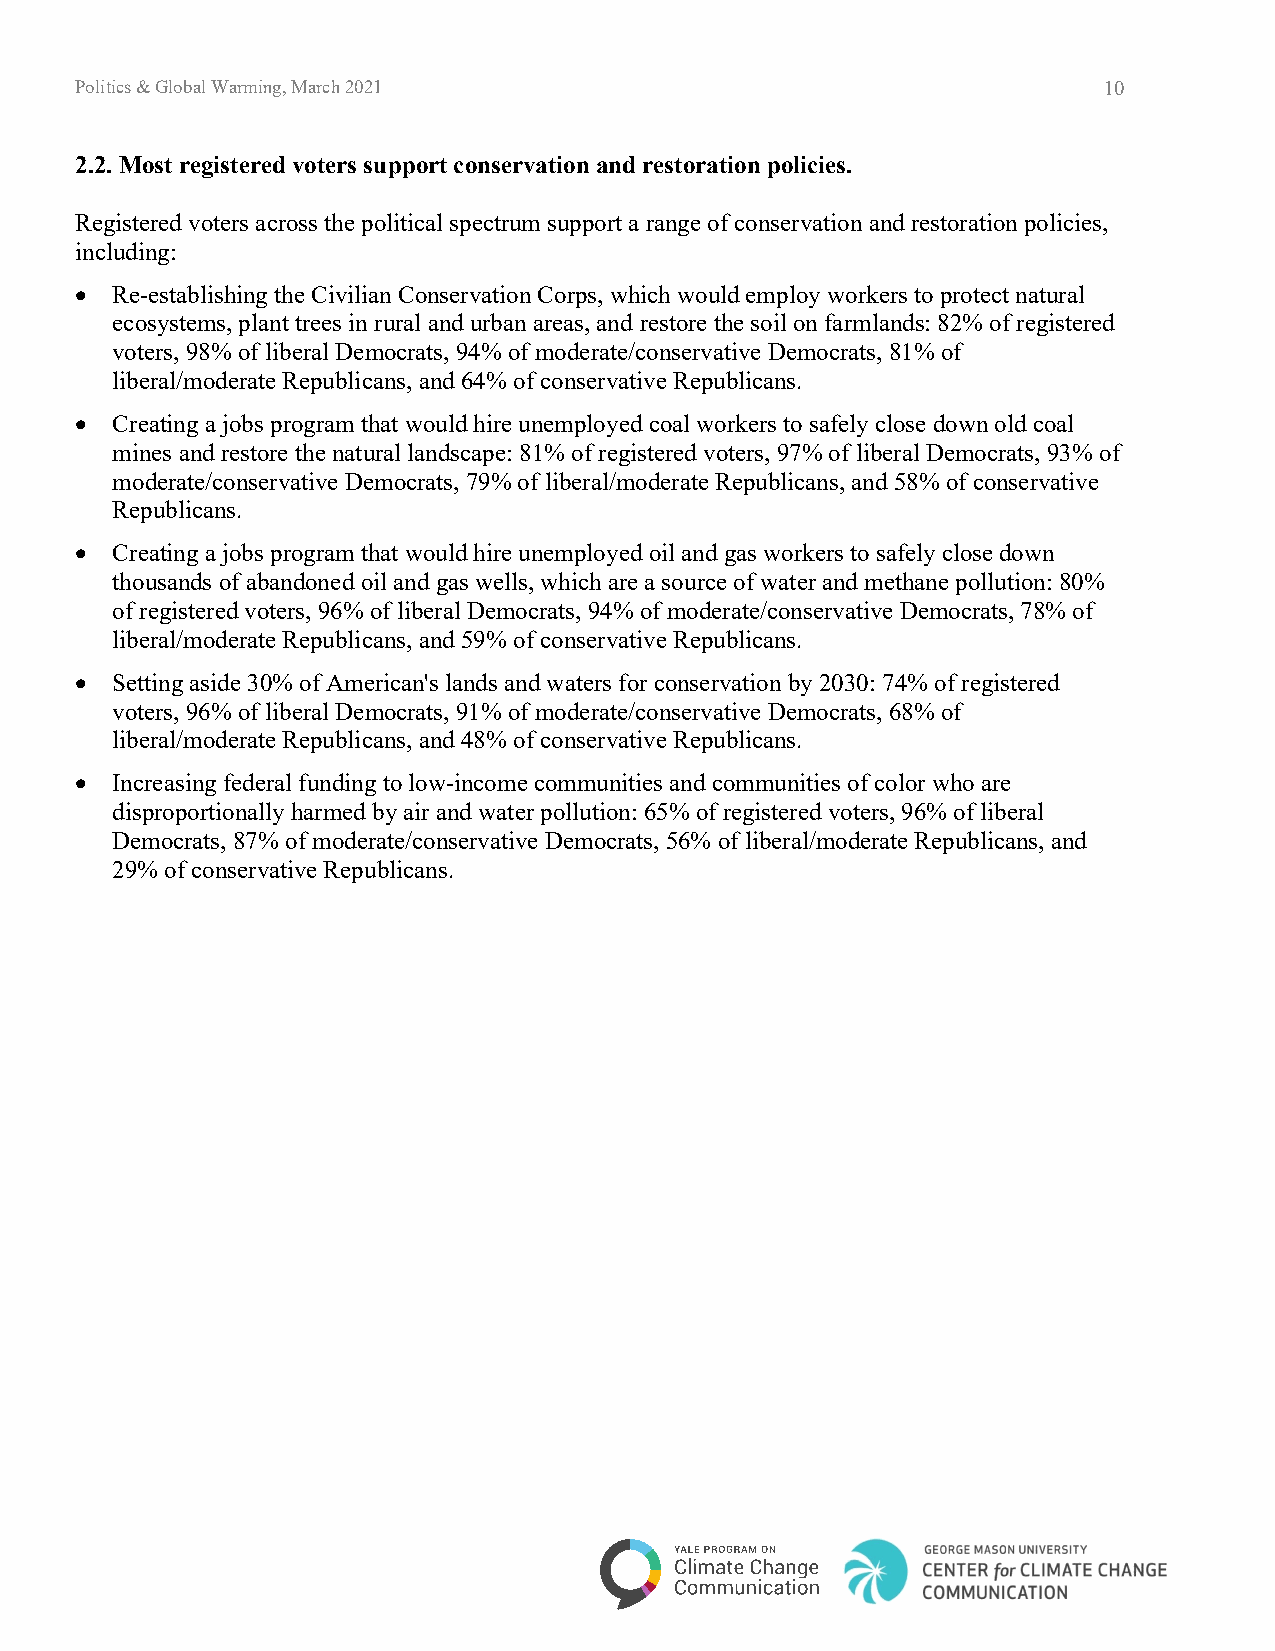
Politics & Global Warming, March 2021                               10
 2.2. Most registered voters support conservation and restoration policies.
 Registered voters across the political spectrum support a range of conservation and restoration policies,
 including:
 • Re-establishing the Civilian Conservation Corps, which would employ workers to protect natural
 ecosystems, plant trees in rural and urban areas, and restore the soil on farmlands: 82% of registered
 voters, 98% of liberal Democrats, 94% of moderate/conservative Democrats, 81% of
 liberal/moderate Republicans, and 64% of conservative Republicans.
 • Creating a jobs program that would hire unemployed coal workers to safely close down old coal
 mines and restore the natural landscape: 81% of registered voters, 97% of liberal Democrats, 93% of
 moderate/conservative Democrats, 79% of liberal/moderate Republicans, and 58% of conservative
 Republicans.
 • Creating a jobs program that would hire unemployed oil and gas workers to safely close down
 thousands of abandoned oil and gas wells, which are a source of water and methane pollution: 80%
 of registered voters, 96% of liberal Democrats, 94% of moderate/conservative Democrats, 78% of
 liberal/moderate Republicans, and 59% of conservative Republicans.
 • Setting aside 30% of American's lands and waters for conservation by 2030: 74% of registered
 voters, 96% of liberal Democrats, 91% of moderate/conservative Democrats, 68% of
 liberal/moderate Republicans, and 48% of conservative Republicans.
 • Increasing federal funding to low-income communities and communities of color who are
 disproportionally harmed by air and water pollution: 65% of registered voters, 96% of liberal
 Democrats, 87% of moderate/conservative Democrats, 56% of liberal/moderate Republicans, and
 29% of conservative Republicans.